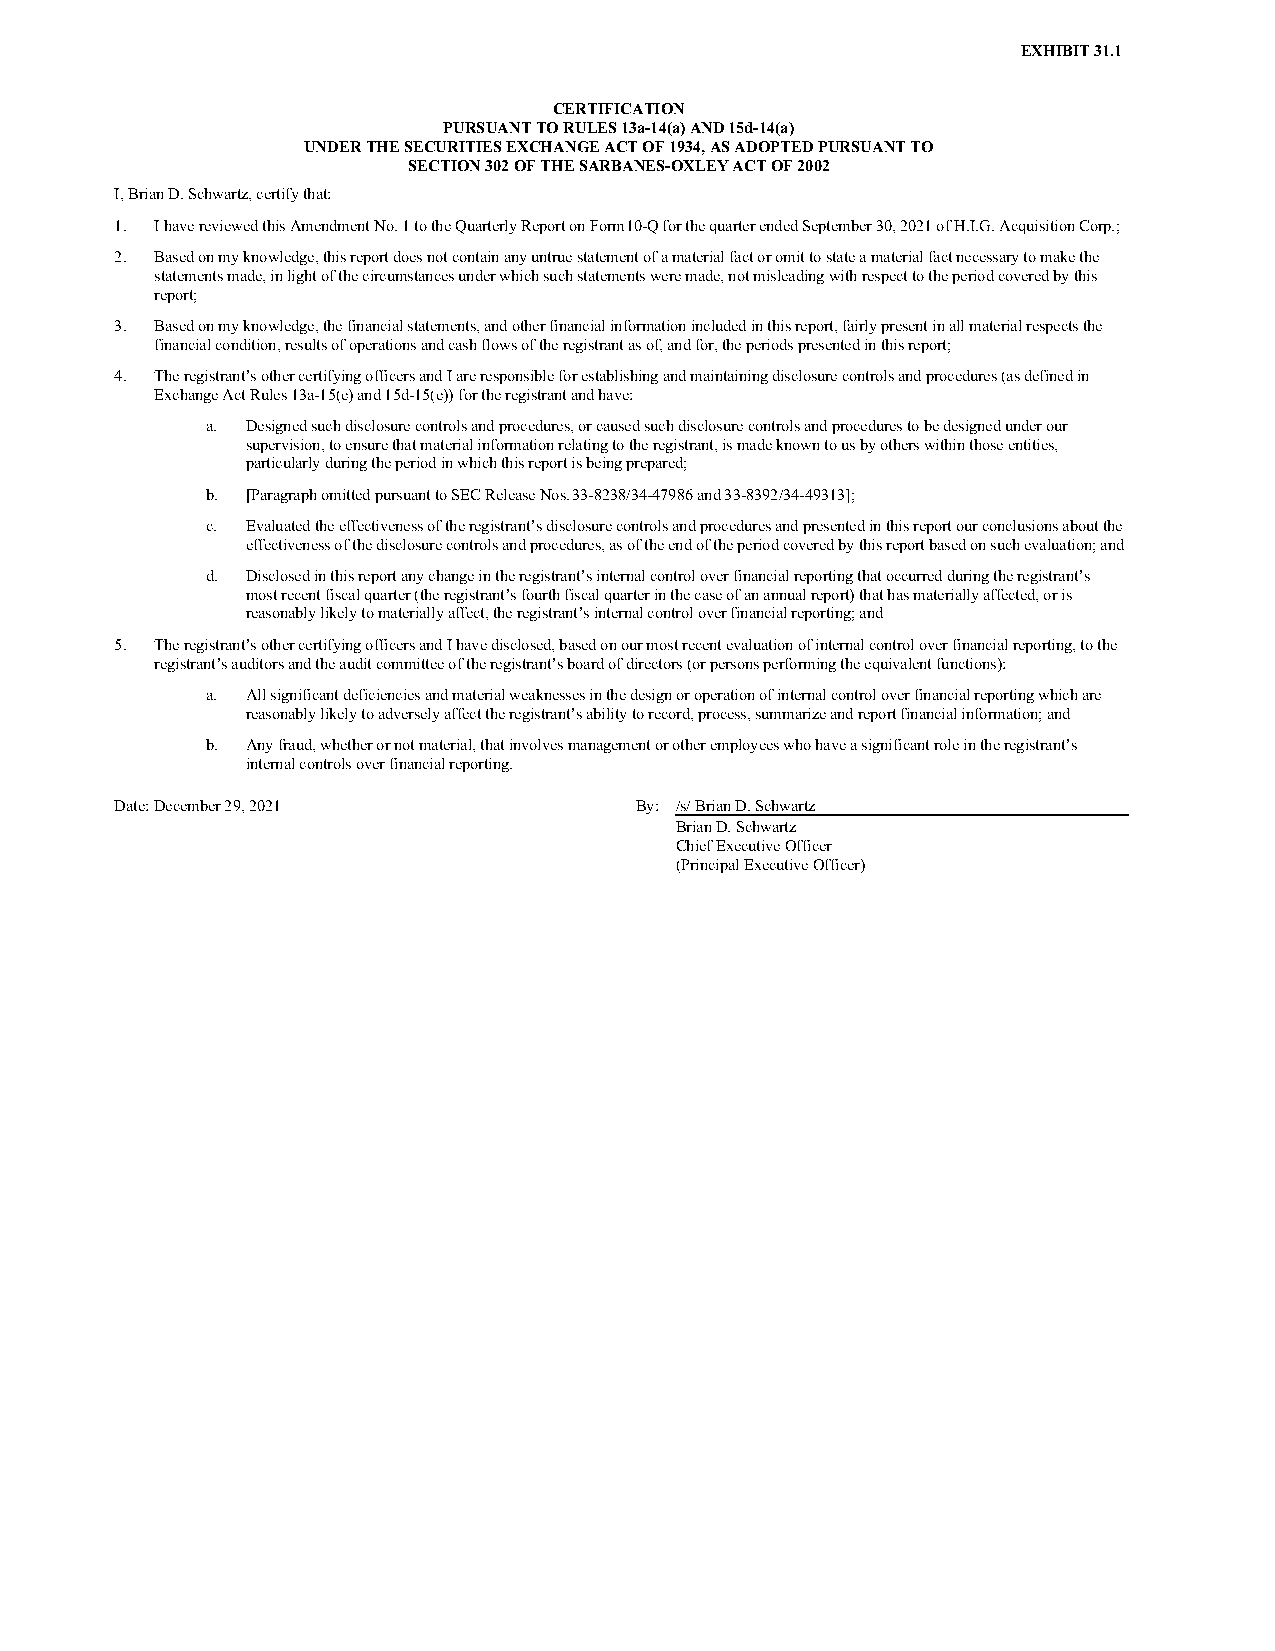
EXHIBIT 31.1
 CERTIFICATION
 PURSUANT TO RULES 13a-14(a) AND 15d-14(a)
 UNDER THE SECURITIES EXCHANGE ACT OF 1934, AS ADOPTED PURSUANT TO
 SECTION 302 OF THE SARBANES-OXLEY ACT OF 2002
 I, Brian D. Schwartz, certify that:
 1. I have reviewed this Amendment No. 1 to the Quarterly Report on Form 10-Q for the quarter ended September 30, 2021 of H.I.G. Acquisition Corp.;
 2. Based on my knowledge, this report does not contain any untrue statement of a material fact or omit to state a material fact necessary to make the
 statements made, in light of the circumstances under which such statements were made, not misleading with respect to the period covered by this
 report;
 3. Based on my knowledge, the financial statements, and other financial information included in this report, fairly present in all material respects the
 financial condition, results of operations and cash flows of the registrant as of, and for, the periods presented in this report;
 4. The registrant’s other certifying officers and I are responsible for establishing and maintaining disclosure controls and procedures (as defined in
 Exchange Act Rules 13a-15(e) and 15d-15(e)) for the registrant and have:
 a. Designed such disclosure controls and procedures, or caused such disclosure controls and procedures to be designed under our
 supervision, to ensure that material information relating to the registrant, is made known to us by others within those entities,
 particularly during the period in which this report is being prepared;
 b. [Paragraph omitted pursuant to SEC Release Nos. 33-8238/34-47986 and 33-8392/34-49313];
 c. Evaluated the effectiveness of the registrant’s disclosure controls and procedures and presented in this report our conclusions about the
 effectiveness of the disclosure controls and procedures, as of the end of the period covered by this report based on such evaluation; and
 d. Disclosed in this report any change in the registrant’s internal control over financial reporting that occurred during the registrant’s
 most recent fiscal quarter (the registrant’s fourth fiscal quarter in the case of an annual report) that has materially affected, or is
 reasonably likely to materially affect, the registrant’s internal control over financial reporting; and
 5. The registrant’s other certifying officers and I have disclosed, based on our most recent evaluation of internal control over financial reporting, to the
 registrant’s auditors and the audit committee of the registrant’s board of directors (or persons performing the equivalent functions):
 a. All significant deficiencies and material weaknesses in the design or operation of internal control over financial reporting which are
 reasonably likely to adversely affect the registrant’s ability to record, process, summarize and report financial information; and
 b. Any fraud, whether or not material, that involves management or other employees who have a significant role in the registrant’s
 internal controls over financial reporting.
 Date: December 29, 2021           By: /s/ Brian D. Schwartz
 Brian D. Schwartz
 Chief Executive Officer
 (Principal Executive Officer)